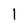
Character: 1